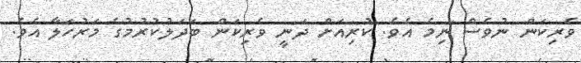
ވެރިކަން ނުވެސް ނިމެ އެވެ. ކުރިއަށް ދަނީ ވެރިކަން ބަދަލުކުރުމުގެ މަރުހަލާ އެވެ.